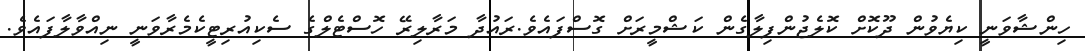
ހިންޝާވަނީ ކިޔެވުން ދޫކޮށް ކޮލެޖުންފިލާގެން ކަޝްމީރަށް ގޮސްފައެވެ.ރައުދާ މަރާލިރޭ ހޮސްޓެލްގެ ސެކިއުރިޓީކެމެރާވަނީ ނިއްވާލާފައެވެ.